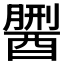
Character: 𨢏